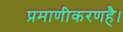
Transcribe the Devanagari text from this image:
प्रमाणीकरणहै।